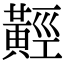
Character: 𪏅